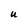
Character: U